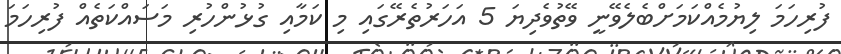
ފުރިހަމަ ލިޔުމެއްކަމަށްބެލެވޭނީ ވޭތުވެދިޔަ 5 އަހަރުތެރޭގައި މި ކަމާއި ގުޅުންހުރި މަސައްކަތެއް ފުރިހަމަ